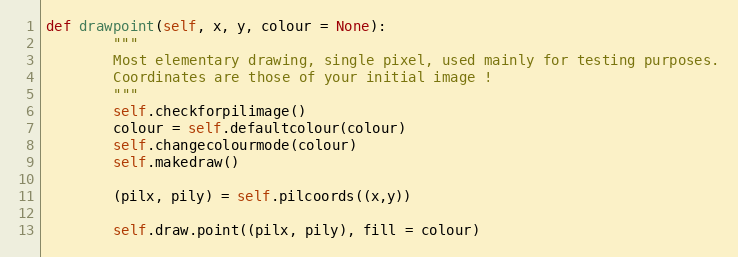
Language: Python
def drawpoint(self, x, y, colour = None):
        """
        Most elementary drawing, single pixel, used mainly for testing purposes.
        Coordinates are those of your initial image !
        """
        self.checkforpilimage()
        colour = self.defaultcolour(colour)
        self.changecolourmode(colour)
        self.makedraw()

        (pilx, pily) = self.pilcoords((x,y))

        self.draw.point((pilx, pily), fill = colour)